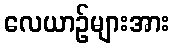
လေယာဉ်များအား